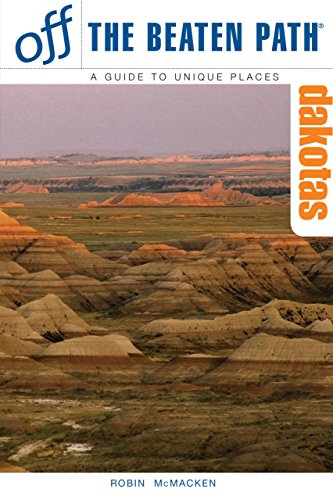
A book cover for The Dakotas Off the Beaten Path, 7th (Off the Beaten Path Series); Robin McMacken; Travel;